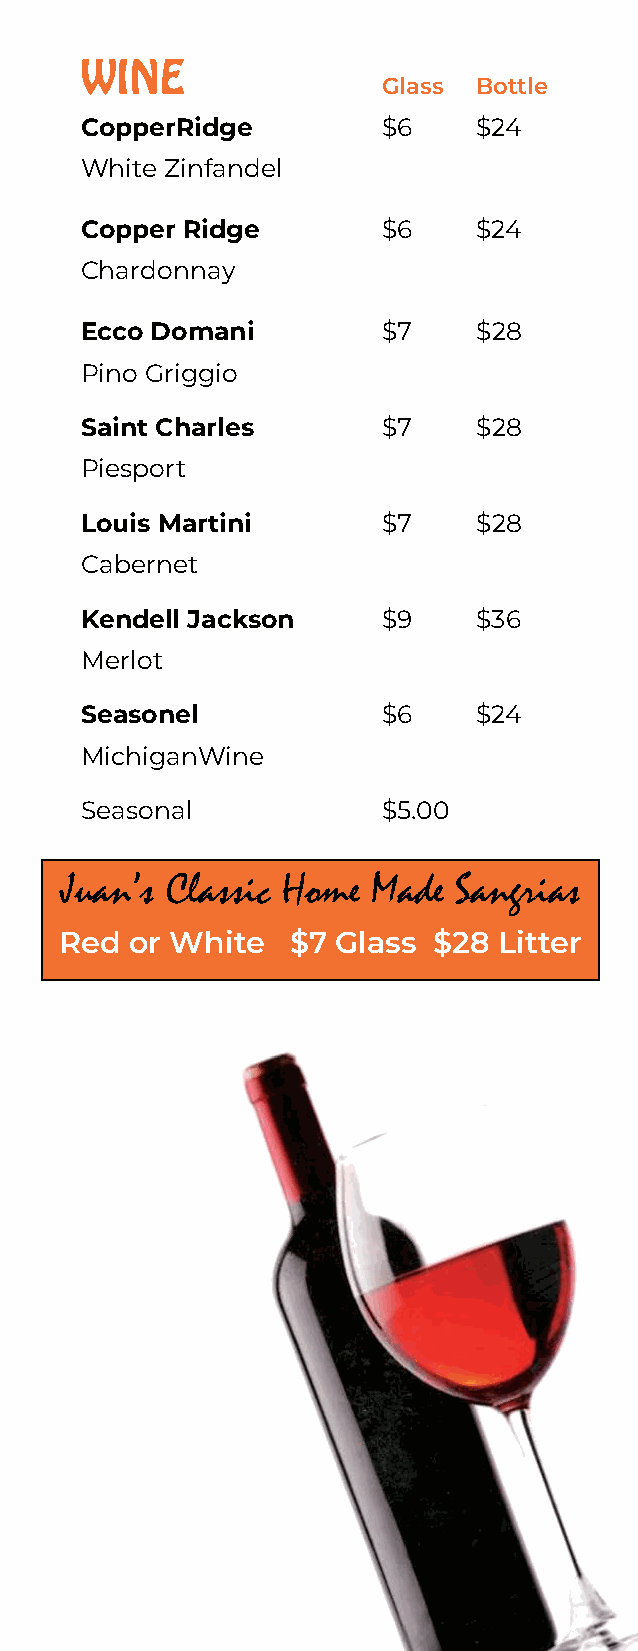
WINE
 Glass Bottle
 CopperRidge         $6     $24
 White Zinfandel
 Copper Ridge        $6     $24
 Chardonnay
 Ecco Domani         $7     $28
 Pino Griggio
 Saint Charles       $7     $28
 Piesport
 Louis Martini       $7     $28
 Cabernet
 Kendell Jackson     $9     $36
 Merlot
 Seasonel            $6     $24
 MichiganWine
 Seasonal            $5.00
 Juan’s Classic Home  Made Sangrias
 Red  or White  $7 Glass  $28 Litter
 Juan Drink & Desert Menu.indd 3 7/29/16 12:15 PM